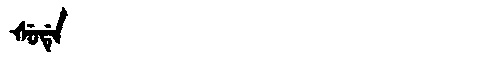
Manchu: ᡧᡠᡩᡝ
Romanization: ŠUDE